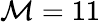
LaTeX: \mathcal{M}=11